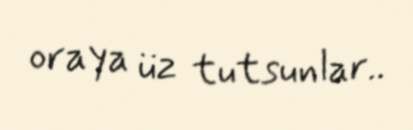
oraya üz tutsunlar..